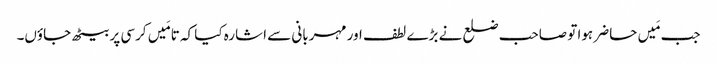
جب مَیں حاضر ہوا تو صاحب ضلع نے بڑے لطف اور مہربانی سے اشارہ کیا کہ تا مَیں کرسی پر بیٹھ جاؤں۔